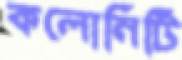
কলোনিটি